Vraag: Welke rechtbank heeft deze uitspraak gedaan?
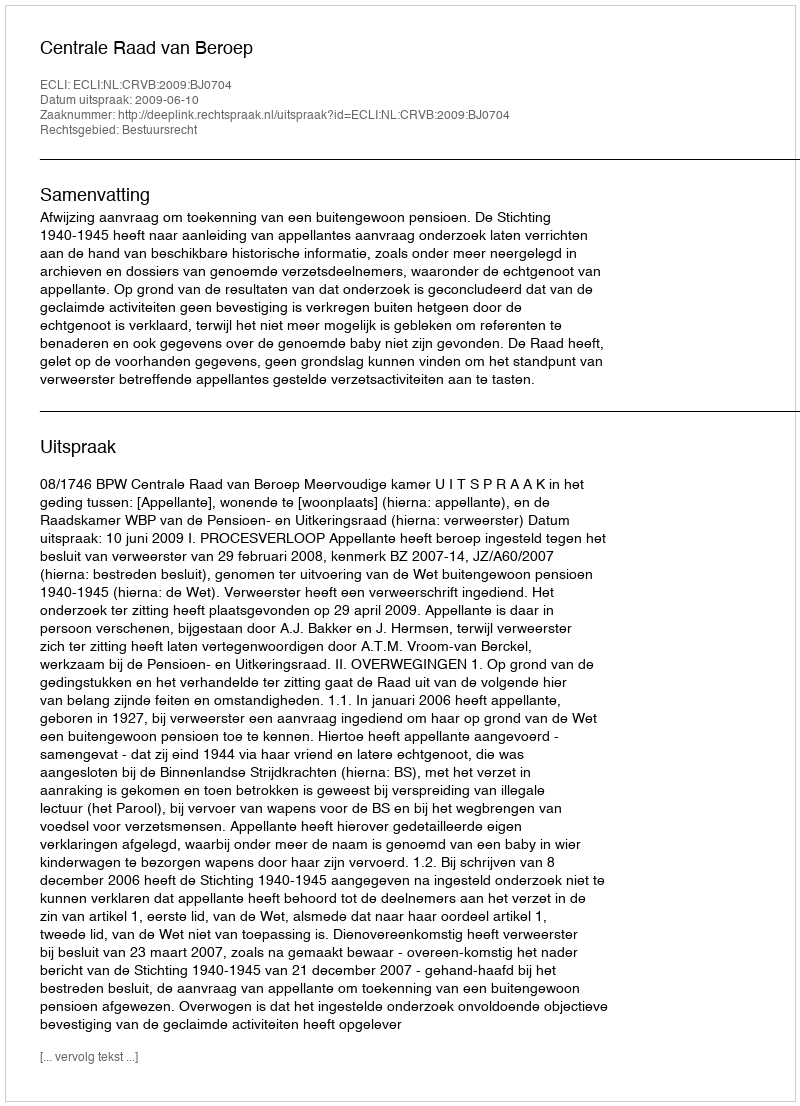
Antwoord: Centrale Raad van Beroep